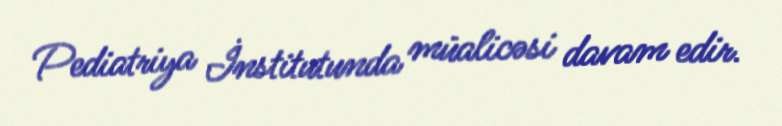
Pediatriya İnstitutunda müalicəsi davam edir.